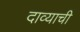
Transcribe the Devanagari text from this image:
दाव्याची